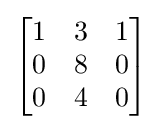
{\begin{bmatrix}1&3&1\\0&8&0\\0&4&0\end{bmatrix}}